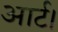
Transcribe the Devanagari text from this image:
आर्ट।